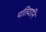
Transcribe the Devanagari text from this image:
पतियानि